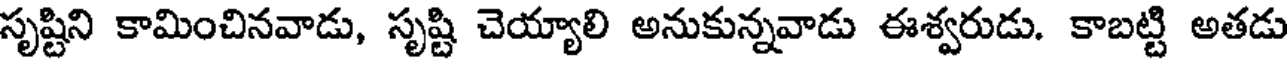
సృష్టిని కామించినవాడు, సృష్టి చెయ్యాలి అనుకున్నవాడు ఈశ్వరుడు. కాబట్టి అతడు